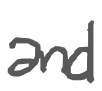
Text: and
Cross-out: clean
Writing tool: digital_gray